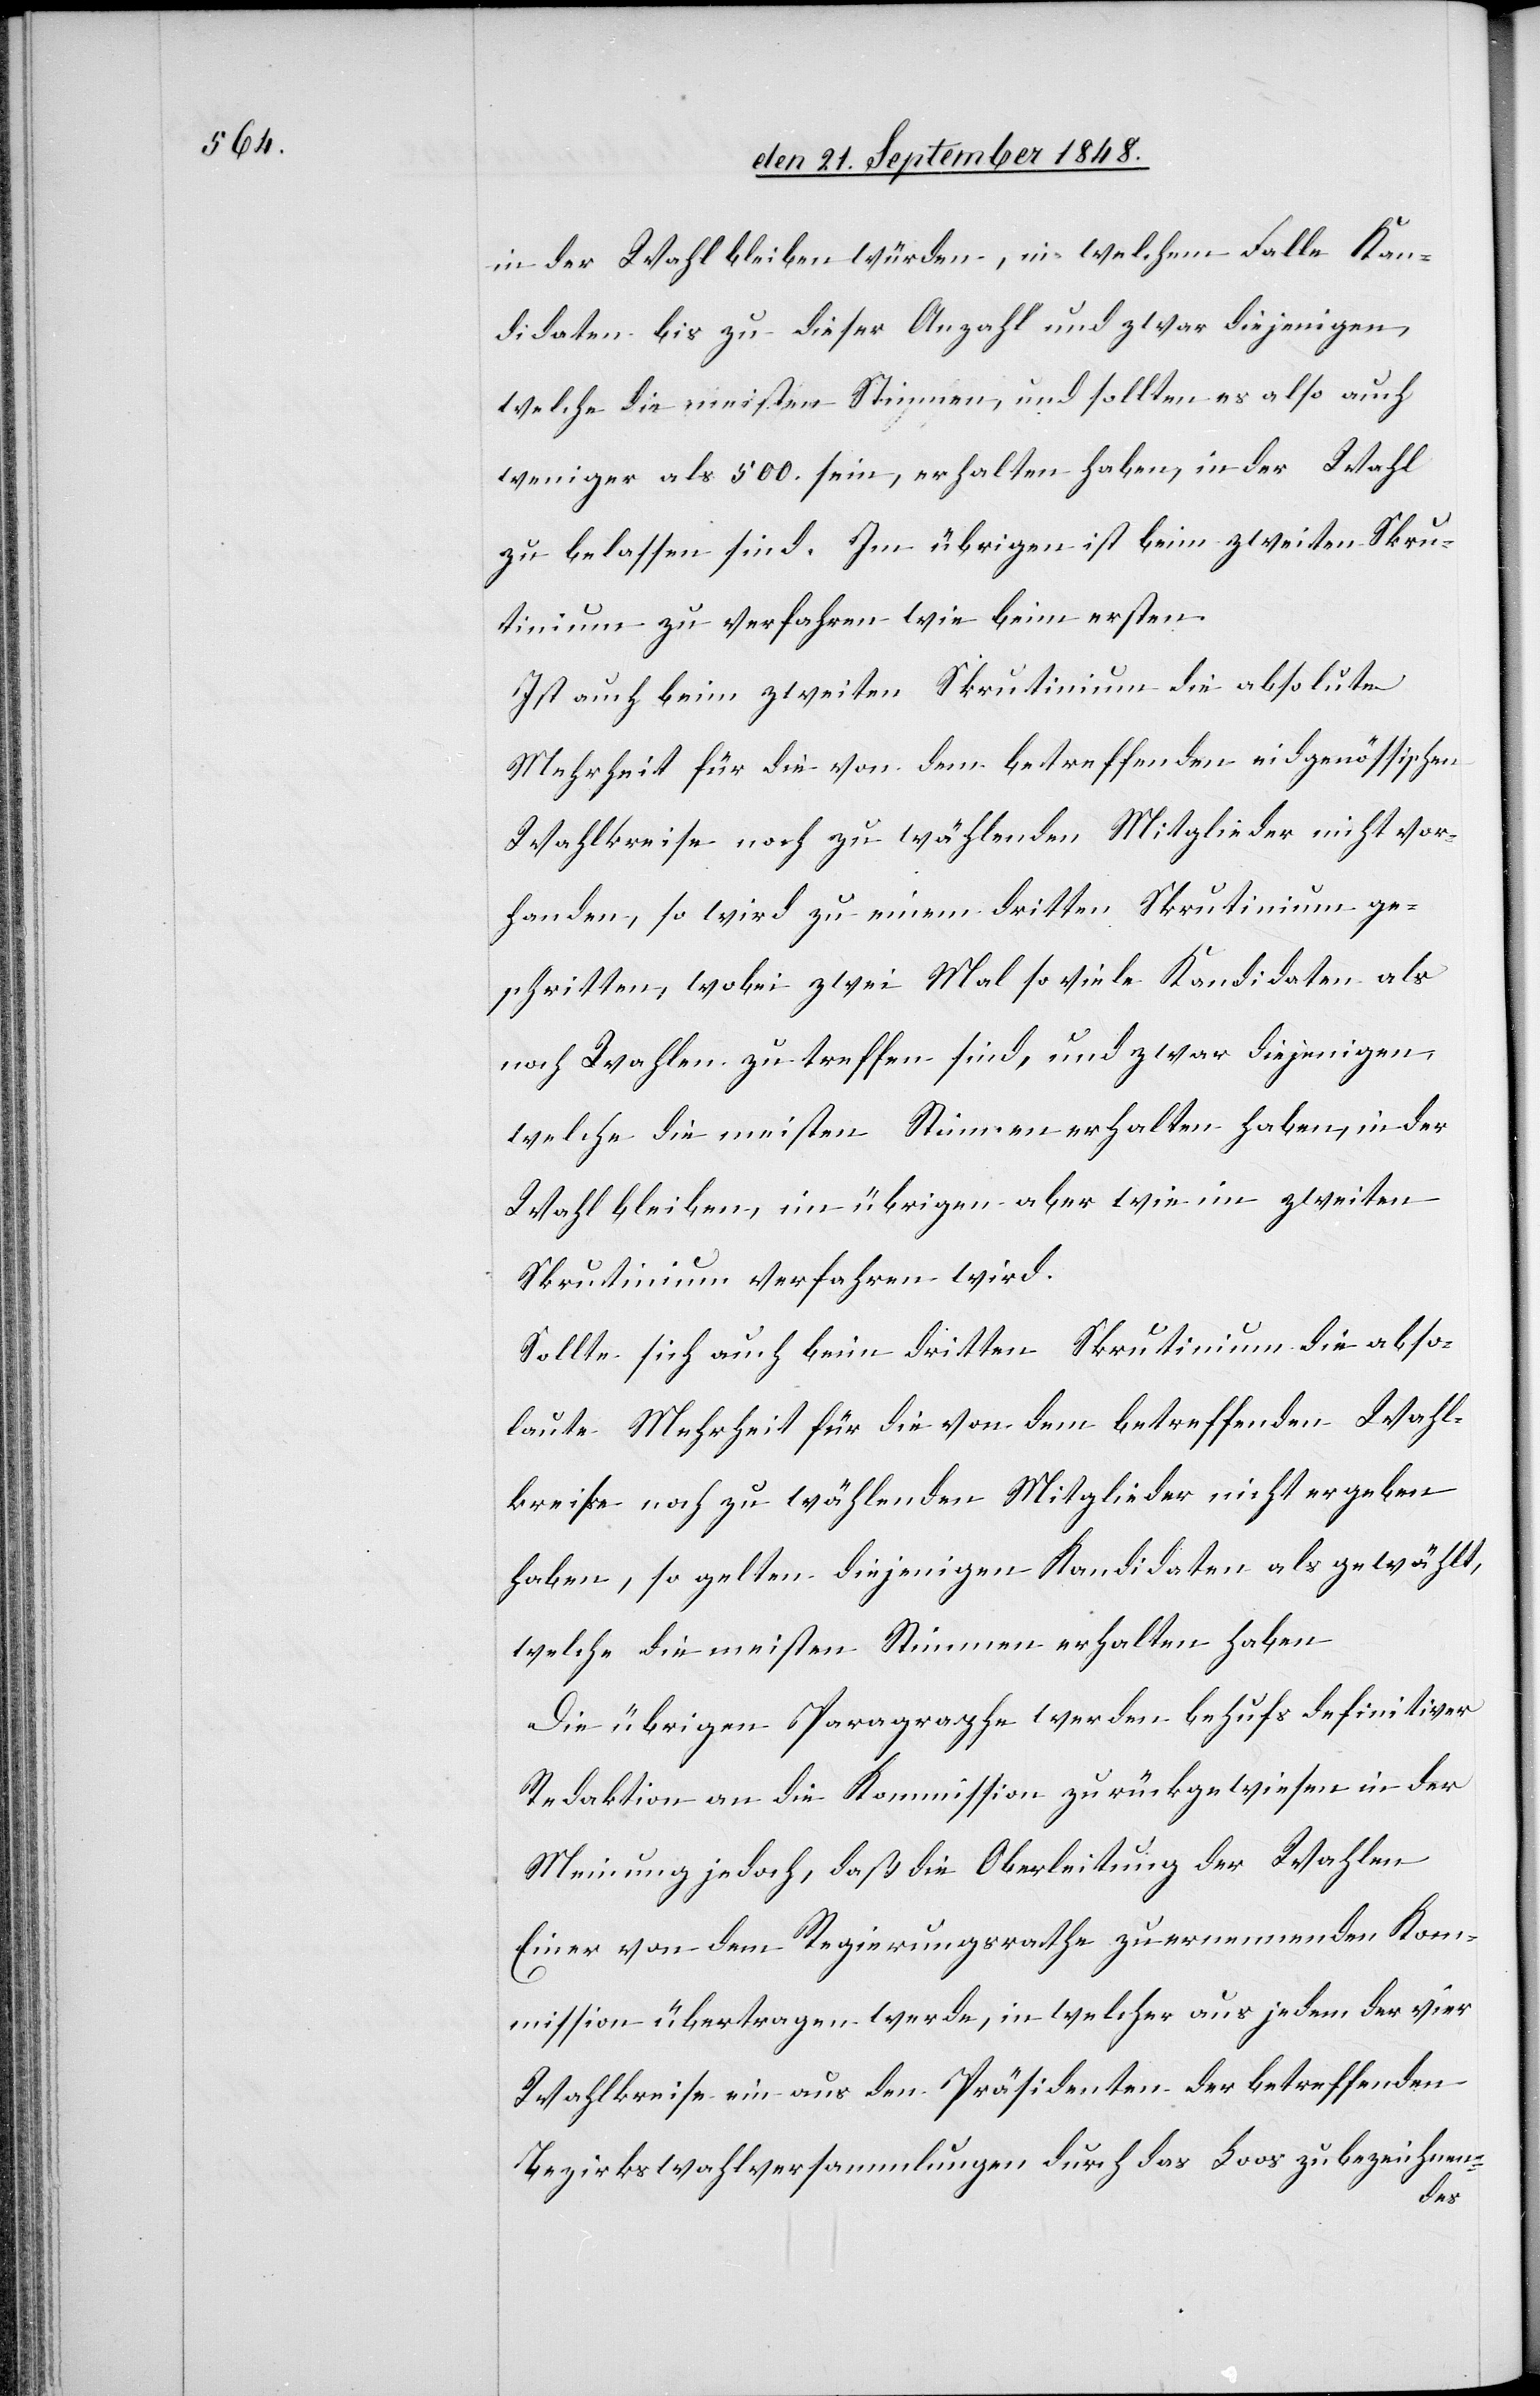
in der Wahl bleiben würden, in welchem Falle Kan¬
didaten bis zu dieser Anzahl und zwar diejenigen,
welche die meisten Stimmen, und sollten es also auch
weniger als 500. sein, erhalten haben, in der Wahl
zu belassen sind. Im übrigen ist beim zweiten Skru¬
tinium zu verfahren wie beim ersten.
Ist auch beim zweiten Skrutinium die absolute
Mehrheit für die von dem betreffenden eidgenössischen
Wahlkreise noch zu wählenden Mitglieder nicht vor¬
handen, so wird zu einem dritten Skrutinium ge¬
schritten, wobei zwei Mal so viele Kandidaten als
noch Wahlen zu treffen sind, und zwar diejenigen
welche die meisten Stimmen erhalten haben, in der
Wahl bleiben, im übrigen aber wie im zweiten
Skrutinium verfahren wird.
Sollte sich auch beim dritten Skrutinium die abso¬
lute Mehrheit für die von dem betreffenden Wahl¬
kreise noch zu wählenden Mitglieder nicht ergeben
haben, so gelten diejenigen Kandidaten als gewählt,
welche die meisten Stimmen erhalten haben.
Die übrigen Paragraphe werden behufs definitiver
Redaktion an die Kommission zurückgewiesen in der
Meinung jedoch, daß die Oberleitung der Wahlen
Einer von dem Regierungsrathe zu ernennenden Kom¬
mission übertragen werde, in welcher aus jedem der vier
Wahlkreise ein aus den Präsidenten der betreffenden
Bezirkswahlversammlungen durch das Loos zu bezeichnen-